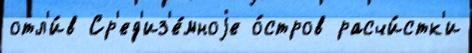
отл'и́в Ср'ед'из'е́мноjе о́стров расчи́стк'и